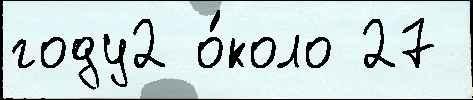
году2 о́коло 27